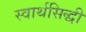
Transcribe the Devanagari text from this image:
स्वार्थसिद्धी